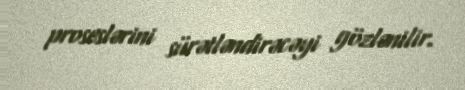
proseslərini sürətləndirəcəyi gözlənilir.